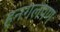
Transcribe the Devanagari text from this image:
हनगलपण